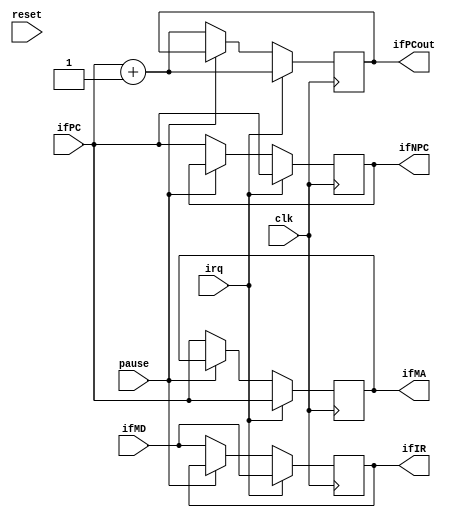
/*
 *   
 * PB10011041  
 */

module IF(clk, reset, irq, pause, ifMD, ifPC,
		  ifMA, ifIR, ifNPC, ifPCout);
		
	input clk, reset, irq, pause;
	input [15:0]ifMD;
	input [15:0]ifPC;

	output [15:0]ifMA;
	output [15:0]ifIR;
	output [15:0]ifNPC;
	output [15:0]ifPCout;
	
	reg [15:0]ifMA;
	reg [15:0]ifIR;
	reg [15:0]ifNPC;
	reg [15:0]ifPCout;
	
	always @(posedge clk)
	begin
		if (irq == 1'b1)
		begin
			ifPCout <= ifPC + 16'h0001;
			ifMA <= ifPC;
			ifIR <= ifMD;
			ifNPC <= ifPC;
		end
		else
		begin
			if (pause == 1'b0)
			begin
				ifMA <= ifPC;
				ifIR <= ifMD;
				ifNPC <= ifPC;
				ifPCout <= ifPC + 16'h0001;
			end
		end
	end
endmodule